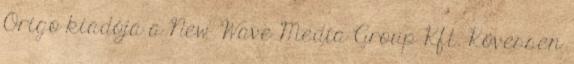
Origo kiadója a New Wave Media Group Kft. Kövessen